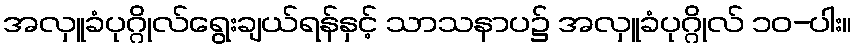
အလှူခံပုဂ္ဂိုလ်ရွေးချယ်ရန်နှင့် သာသနာပ၌ အလှူခံပုဂ္ဂိုလ် ၁၀-ပါး။